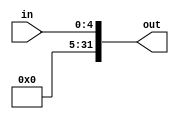
`timescale 1ns / 1ps

module ZeroEx(in, out);

    input [4:0] in;
    output reg [31:0] out;
    
    always @(in) begin
        out[31:5] = 27'b0;
        out[4:0] = in;
    end
endmodule